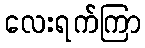
လေးရက်ကြာ